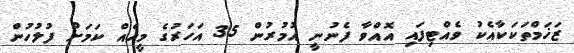
ޒަޚަމްތަކަކާއެކު ވެއްޓިފައި އޮއްވާ ފެނުނީ އުމުރުން 35 އަހަރުގެ މީހެއް ކަމަށް ފުލުހުން